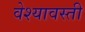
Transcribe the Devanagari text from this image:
वेश्यावस्ती